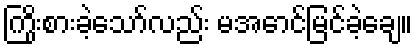
ကြိုးစားခဲ့သော်လည်း မအောင်မြင်ခဲ့ချေ။